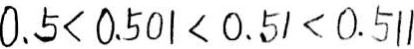
0 . 5 < 0 . 5 0 1 < 0 . 5 1 < 0 . 5 1 1